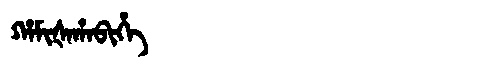
Manchu: ᡥᠠᠮᡳᡧᠠᡥᠠᠪᡳᡥᡝ
Romanization: HAMIŠAHABIHE